Language: tamil
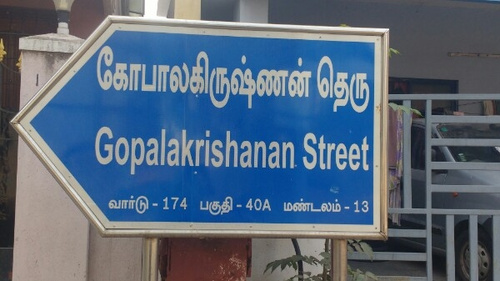
Transcription: வாா்டு தெரு பகுதி மண்டலம் கோபாலகிருஷ்ணன்